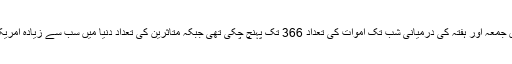
خیال رہے کہ امریکا میں جمعہ اور ہفتہ کی درمیانی شب تک اموات کی تعداد 366 تک پہنچ چکی تھی جبکہ متاثرین کی تعداد دنیا میں سب سے زیادہ امریکا میں 97 ہزار 28 تھی۔